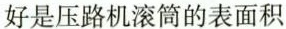
是压路机滚筒的表面积